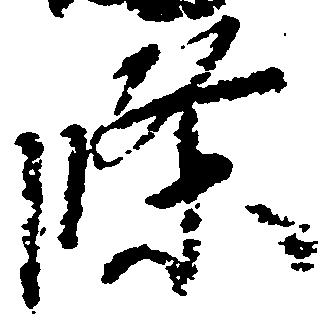
条